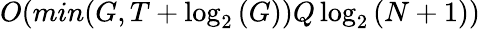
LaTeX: O(min(G,T+\log_{2}{(G)})Q\log_{2}{(N+1)})